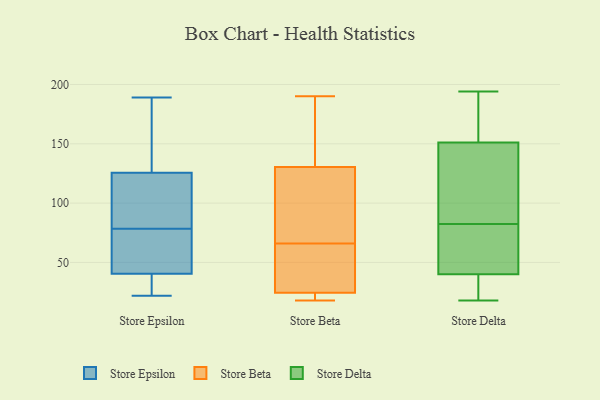
{"axis": {"x": "Demand Index", "y": "Value"}, "legend": ["Store Beta", "Store Delta", "Store Epsilon"], "data": [{"x": "", "y": 186, "type": "Store Epsilon"}, {"x": "", "y": 158, "type": "Store Epsilon"}, {"x": "", "y": 95, "type": "Store Epsilon"}, {"x": "", "y": 189, "type": "Store Epsilon"}, {"x": "", "y": 117, "type": "Store Epsilon"}, {"x": "", "y": 134, "type": "Store Epsilon"}, {"x": "", "y": 82, "type": "Store Epsilon"}, {"x": "", "y": 23, "type": "Store Epsilon"}, {"x": "", "y": 47, "type": "Store Epsilon"}, {"x": "", "y": 62, "type": "Store Epsilon"}, {"x": "", "y": 45, "type": "Store Epsilon"}, {"x": "", "y": 79, "type": "Store Epsilon"}, {"x": "", "y": 36, "type": "Store Epsilon"}, {"x": "", "y": 32, "type": "Store Epsilon"}, {"x": "", "y": 78, "type": "Store Epsilon"}, {"x": "", "y": 22, "type": "Store Epsilon"}, {"x": "", "y": 75, "type": "Store Beta"}, {"x": "", "y": 18, "type": "Store Beta"}, {"x": "", "y": 26, "type": "Store Beta"}, {"x": "", "y": 23, "type": "Store Beta"}, {"x": "", "y": 24, "type": "Store Beta"}, {"x": "", "y": 143, "type": "Store Beta"}, {"x": "", "y": 66, "type": "Store Beta"}, {"x": "", "y": 190, "type": "Store Beta"}, {"x": "", "y": 63, "type": "Store Beta"}, {"x": "", "y": 144, "type": "Store Beta"}, {"x": "", "y": 93, "type": "Store Beta"}, {"x": "", "y": 143, "type": "Store Delta"}, {"x": "", "y": 22, "type": "Store Delta"}, {"x": "", "y": 129, "type": "Store Delta"}, {"x": "", "y": 64, "type": "Store Delta"}, {"x": "", "y": 33, "type": "Store Delta"}, {"x": "", "y": 47, "type": "Store Delta"}, {"x": "", "y": 124, "type": "Store Delta"}, {"x": "", "y": 76, "type": "Store Delta"}, {"x": "", "y": 162, "type": "Store Delta"}, {"x": "", "y": 76, "type": "Store Delta"}, {"x": "", "y": 159, "type": "Store Delta"}, {"x": "", "y": 89, "type": "Store Delta"}, {"x": "", "y": 188, "type": "Store Delta"}, {"x": "", "y": 33, "type": "Store Delta"}, {"x": "", "y": 194, "type": "Store Delta"}, {"x": "", "y": 18, "type": "Store Delta"}]}